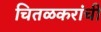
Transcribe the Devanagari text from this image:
चितळकरांची